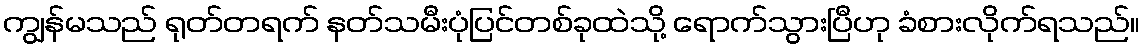
ကျွန်မသည် ရုတ်တရက် နတ်သမီးပုံပြင်တစ်ခုထဲသို့ ရောက်သွားပြီဟု ခံစားလိုက်ရသည်။